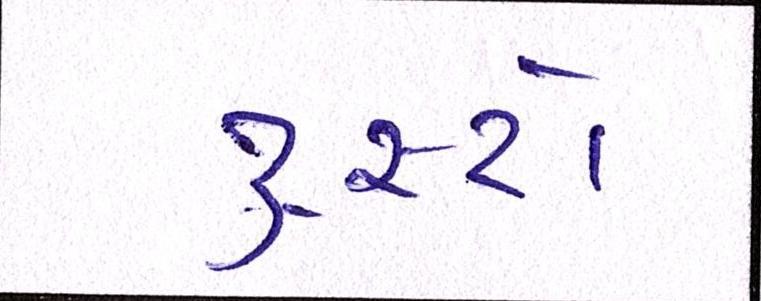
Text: ટ્રસ્ટો